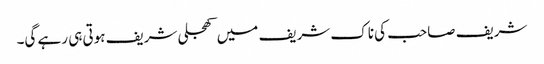
شریف صاحب کی ناک شریف میں کھجلی شریف ہوتی ہی رہے گی۔